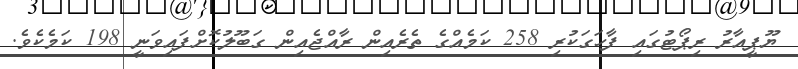
ޔޫޕީއާރު ރިޕޯޓުގައި ފާހަގަކުރި 258 ކަމެއްގެ ތެރެއިން ރާއްޖެއިން ގަބޫލުކޮށްފައިވަނީ 198 ކަމެކެވެ.